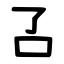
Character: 叾